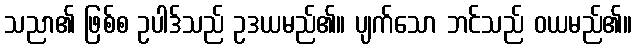
သညာ၏ ဖြစ်စ ဥပါဒ်သည် ဥဒယမည်၏။ ပျက်သော ဘင်သည် ဝယမည်၏။